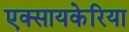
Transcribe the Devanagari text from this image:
एक्सायकेरिया